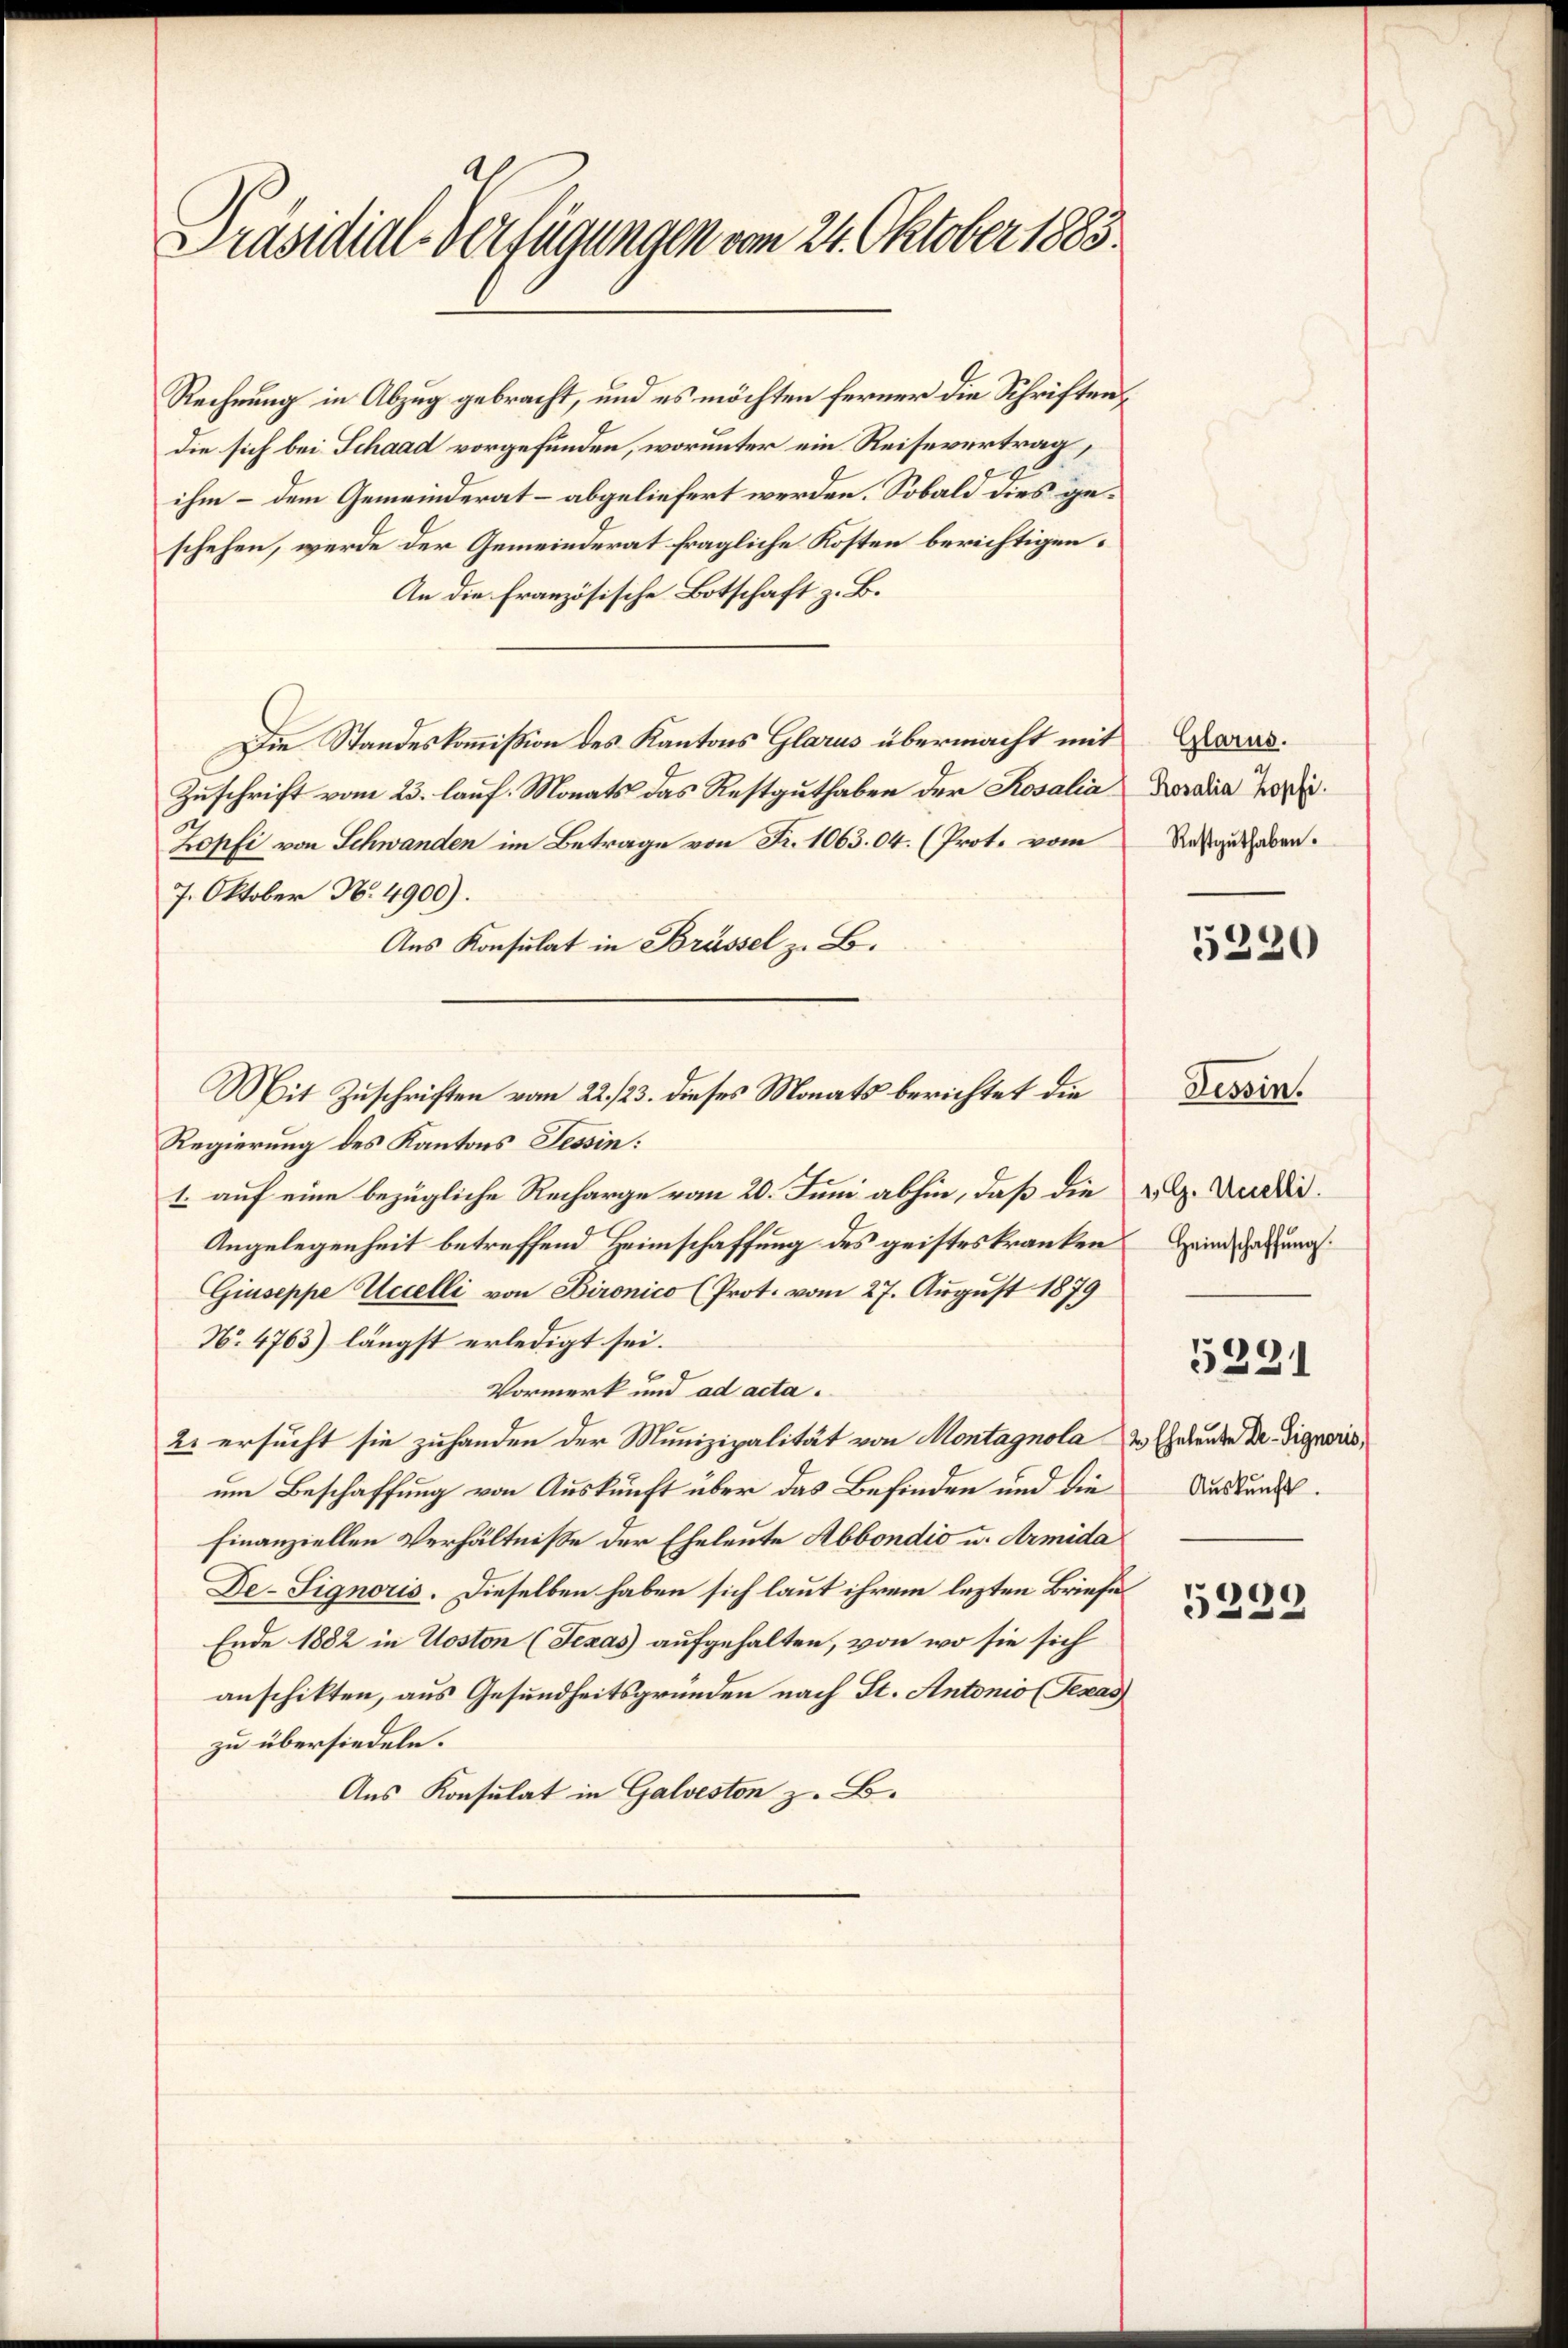
Präsidial-Verfügungen vom 24. Oktober 1883.

Rechnung in Abzug gebracht, und es möchten ferner die Schriftendie sich bei Schaad vorgefunden, worunter ein Reisevertrag,
ihm – dem Gemeinderat – abgeliefert werden. Sobald dies geschehen, werde der Gemeinderat fragliche Kosten berichtigen.
An die Französische Botschaft z. B.
Die Standeskommißion des Kantons Glarus übermacht mit
Zuschrift vom 23. lauf. Monats das Restguthaben der Rosalia
Zopfi von Schwanden im Betrage von Fr. 1063. 04. (Prot. vom
7. Oktober N. 4900).
Aus Konsulat in Brüssel z. B.
Regierung des Kantons Tessin:
1. auf eine bezügliche Recharge vom 20. Juni abhin, daß die u. G. Puddii.
Angelegenheit betreffend Heimschaffung des geisteskranken
Giuseppe Uccelli von Bironico (Prot. vom 27. August 1879
No 4763) längst erledigt sei.
Vormerk und ad acta.
2. ersucht sie zuhanden der Munizipalität von Montagnola   Geleute der Dignoris,
um Beschaffung von Auskunft über das Befinden und die
finanziellen Verhältnisse der Eheleute Abbondio u. Armida
De-Signoris. Dieselben haben sich laut ihrem lezten Briefe
Ende 1882 in Uoston (Jexas aufgehalten, von wo sie sich
anschikten, aus Gesundheitsgründen nach St. Antonio (Texas
zu übersiedeln.
Aus Konsulat in Galveston z. B.

Mit Zuschriften vom 22./23. dieses Monats berichtet die

Glarus.
Rosalia Zopfi.
Restguthaben.

5220

Heimschaffung.
5221
Auskunft.

Tessin.

5239